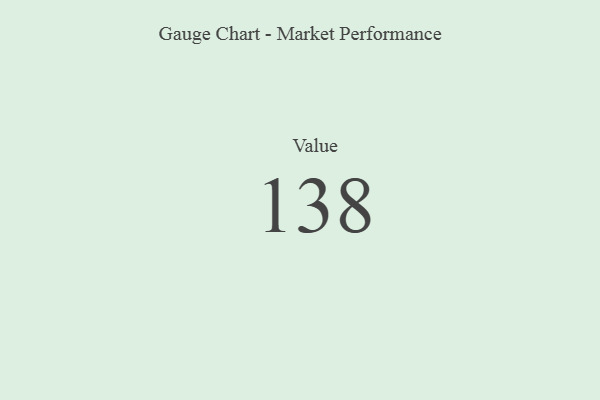
{"axis": {"x": "Metric", "y": "Value"}, "legend": [""], "data": [{"x": "Value", "y": 138, "type": ""}]}